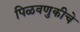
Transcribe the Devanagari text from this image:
पिळवणुकीचे